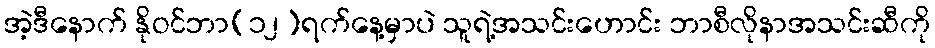
အဲ့ဒီနောက် နိုဝင်ဘာ(၁၂)ရက်နေ့မှာပဲ သူရဲ့အသင်းဟောင်း ဘာစီလိုနာအသင်းဆီကို